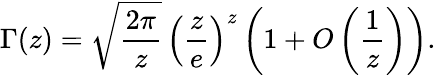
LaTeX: \Gamma(z)={\sqrt{\frac{2\pi}{z}}}\, {\left({\frac{z}{e}}\right)}^{z}\left(1+O\left({\frac{1}{z}}\right)\right).